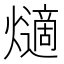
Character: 𤑦